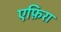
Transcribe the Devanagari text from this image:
एफ़िरा